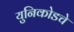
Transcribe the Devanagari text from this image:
युनिकोडचे